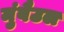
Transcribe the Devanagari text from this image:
मुंबैउल